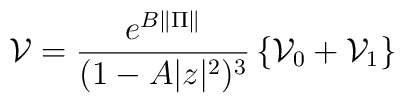
\mathcal{V} = \frac{e^{B\|\Pi\|}}{(1-A|z|^2)^3} \left\{\mathcal{V}_0 + \mathcal{V}_1\right\}